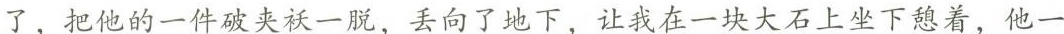
了，把他的一件破夹袄一脱，丢向了地下。叫我在一块大石上坐下歇着，他一